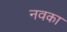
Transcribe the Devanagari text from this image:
नवका